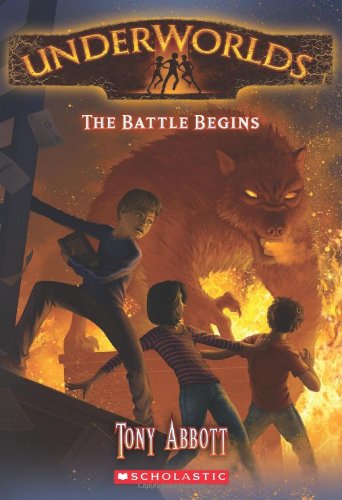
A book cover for Underworlds #1: The Battle Begins; Tony Abbott; Children's Books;